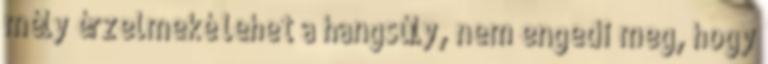
mély érzelmeké lehet a hangsúly, nem engedi meg, hogy